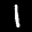
Label: 1